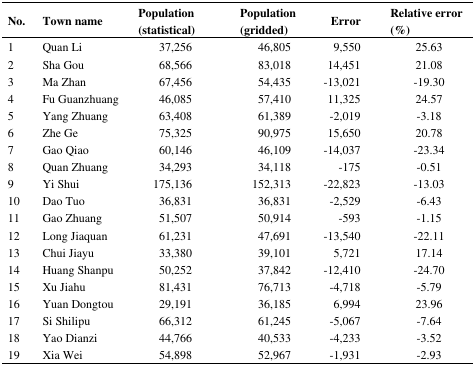
<table><thead><tr><td><b>No.</b></td><td><b>Town name</b></td><td><b>Population (statistical)</b></td><td><b>Population (gridded)</b></td><td><b>Error</b></td><td><b>Relative error (%)</b></td></tr></thead><tbody><tr><td>1</td><td>Quan Li</td><td>37,256</td><td>46,805</td><td>9,550</td><td>25.63</td></tr><tr><td>2</td><td>Sha Gou</td><td>68,566</td><td>83,018</td><td>14,451</td><td>21.08</td></tr><tr><td>3</td><td>Ma Zhan</td><td>67,456</td><td>54,435</td><td>-13,021</td><td>-19.30</td></tr><tr><td>4</td><td>Fu Guanzhuang</td><td>46,085</td><td>57,410</td><td>11,325</td><td>24.57</td></tr><tr><td>5</td><td>Yang Zhuang</td><td>63,408</td><td>61,389</td><td>-2,019</td><td>-3.18</td></tr><tr><td>6</td><td>Zhe Ge</td><td>75,325</td><td>90,975</td><td>15,650</td><td>20.78</td></tr><tr><td>7</td><td>Gao Qiao</td><td>60,146</td><td>46,109</td><td>-14,037</td><td>-23.34</td></tr><tr><td>8</td><td>Quan Zhuang</td><td>34,293</td><td>34,118</td><td>-175</td><td>-0.51</td></tr><tr><td>9</td><td>Yi Shui</td><td>175,136</td><td>152,313</td><td>-22,823</td><td>-13.03</td></tr><tr><td>10</td><td>Dao Tuo</td><td>36,831</td><td>36,831</td><td>-2,529</td><td>-6.43</td></tr><tr><td>11</td><td>Gao Zhuang</td><td>51,507</td><td>50,914</td><td>-593</td><td>-1.15</td></tr><tr><td>12</td><td>Long Jiaquan</td><td>61,231</td><td>47,691</td><td>-13,540</td><td>-22.11</td></tr><tr><td>13</td><td>Chui Jiayu</td><td>33,380</td><td>39,101</td><td>5,721</td><td>17.14</td></tr><tr><td>14</td><td>Huang Shanpu</td><td>50,252</td><td>37,842</td><td>-12,410</td><td>-24.70</td></tr><tr><td>15</td><td>Xu Jiahu</td><td>81,431</td><td>76,713</td><td>-4,718</td><td>-5.79</td></tr><tr><td>16</td><td>Yuan Dongtou</td><td>29,191</td><td>36,185</td><td>6,994</td><td>23.96</td></tr><tr><td>17</td><td>Si Shilipu</td><td>66,312</td><td>61,245</td><td>-5,067</td><td>-7.64</td></tr><tr><td>18</td><td>Yao Dianzi</td><td>44,766</td><td>40,533</td><td>-4,233</td><td>-3.52</td></tr><tr><td>19</td><td>Xia Wei</td><td>54,898</td><td>52,967</td><td>-1,931</td><td>-2.93</td></tr></tbody></table>